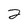
Character: 2